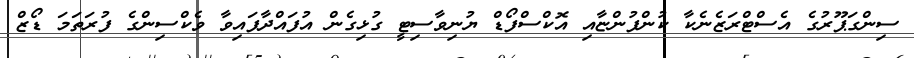
ސިންގަޕޫރުގެ އެސްޓްރަޒެނެކާ ކުންފުންޏާއި އޮކްސްފޯޑް ޔުނިވާސިޓީ ގުޅިގެން އުފައްދާފައިވާ ވެކްސިންގެ ފުރަތަމަ ޑޯޒް